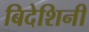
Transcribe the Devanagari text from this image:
बिदेशिनी